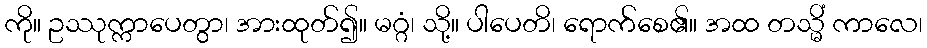
ကို။ ဥဿုက္ကာပေတွာ၊ အားထုတ်၍။ မဂ္ဂံ၊ သို့။ ပါပေတိ၊ ရောက်စေ၏။ အထ တသ္မိံ ကာလေ၊